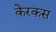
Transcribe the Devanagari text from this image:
केरकस